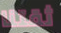
ثقتنا